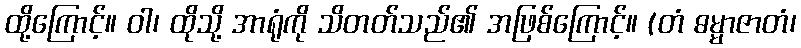
ထို့ကြောင့်။ ဝါ၊ ထိုသို့ အာရုံကို သိတတ်သည်၏ အဖြစ်ကြောင့်။ (တံ ဓမ္မာဇာတံ၊